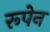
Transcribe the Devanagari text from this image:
रूपेन